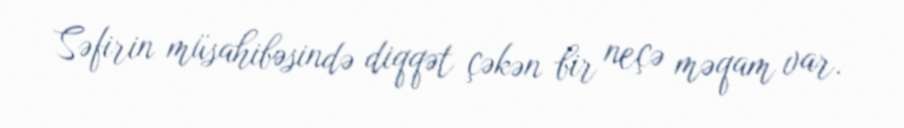
Səfirin müsahibəsində diqqət çəkən bir neçə məqam var.